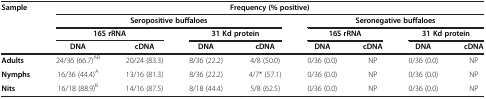
<table><thead><tr><td><b>Sample</b></td><td colspan="8"><b>Frequency (% positive)</b></td></tr><tr><td><b> </b></td><td colspan="4"><b>Seropositive buffaloes</b></td><td colspan="4"><b>Seronegative buffaloes</b></td></tr><tr><td><b> </b></td><td colspan="2"><b>16S rRNA</b></td><td colspan="2"><b>31 Kd protein</b></td><td colspan="2"><b>16S rRNA</b></td><td colspan="2"><b>31 Kd protein</b></td></tr><tr><td><b> </b></td><td><b>DNA</b></td><td><b>cDNA</b></td><td><b>DNA</b></td><td><b>cDNA</b></td><td><b>DNA</b></td><td><b>cDNA</b></td><td><b>DNA</b></td><td><b>cDNA</b></td></tr></thead><tbody><tr><td><b>Adults</b></td><td>24/36 (66.7)<sup>AB</sup></td><td>20/24 (83.3)</td><td>8/36 (22.2)</td><td>4/8 (50.0)</td><td>0/36 (0.0)</td><td>NP</td><td>0/36 (0.0)</td><td>NP</td></tr><tr><td><b>Nymphs</b></td><td>16/36 (44.4)<sup>A</sup></td><td>13/16 (81.3)</td><td>8/36 (22.2)</td><td>4/7* (57.1)</td><td>0/36 (0.0)</td><td>NP</td><td>0/36 (0.0)</td><td>NP</td></tr><tr><td><b>Nits</b></td><td>16/18 (88.9)<sup>B</sup></td><td>14/16 (87.5)</td><td>8/18 (44.4)</td><td>5/8 (62.5)</td><td>0/36 (0.0)</td><td>NP</td><td>0/36 (0.0)</td><td>NP</td></tr></tbody></table>